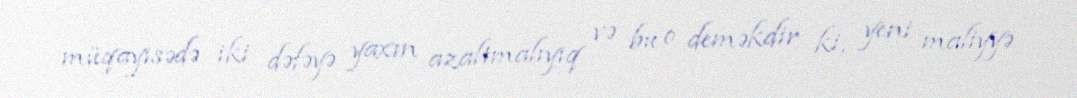
müqayisədə iki dəfəyə yaxın azaltmalıyıq və bu o deməkdir ki, yeni maliyyə